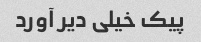
پیک خیلی دیر آورد